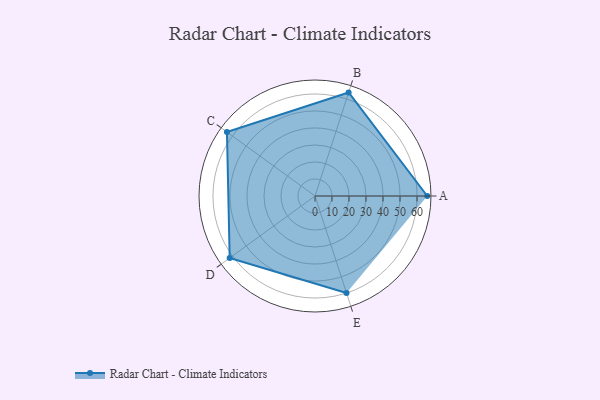
{"axis": {"x": "Skill", "y": "Score"}, "legend": ["Profile"], "data": [{"x": "A", "y": 66.0, "type": "Profile"}, {"x": "B", "y": 64.0, "type": "Profile"}, {"x": "C", "y": 64.0, "type": "Profile"}, {"x": "D", "y": 62.0, "type": "Profile"}, {"x": "E", "y": 60.0, "type": "Profile"}]}